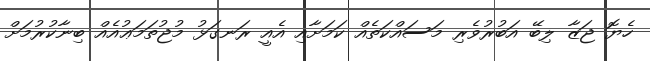
ހެޔޮ ޖަޒާ ލިބޭ އަބުރުވެރި މަސައްކަތެއް ކަމަށާއި އެއީ ރަނގަޅު މުޖުތަމަޢުއެއް ބިނާކުރުމަށް